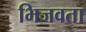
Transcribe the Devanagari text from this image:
भिजवता